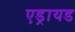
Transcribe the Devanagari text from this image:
एड्रायड